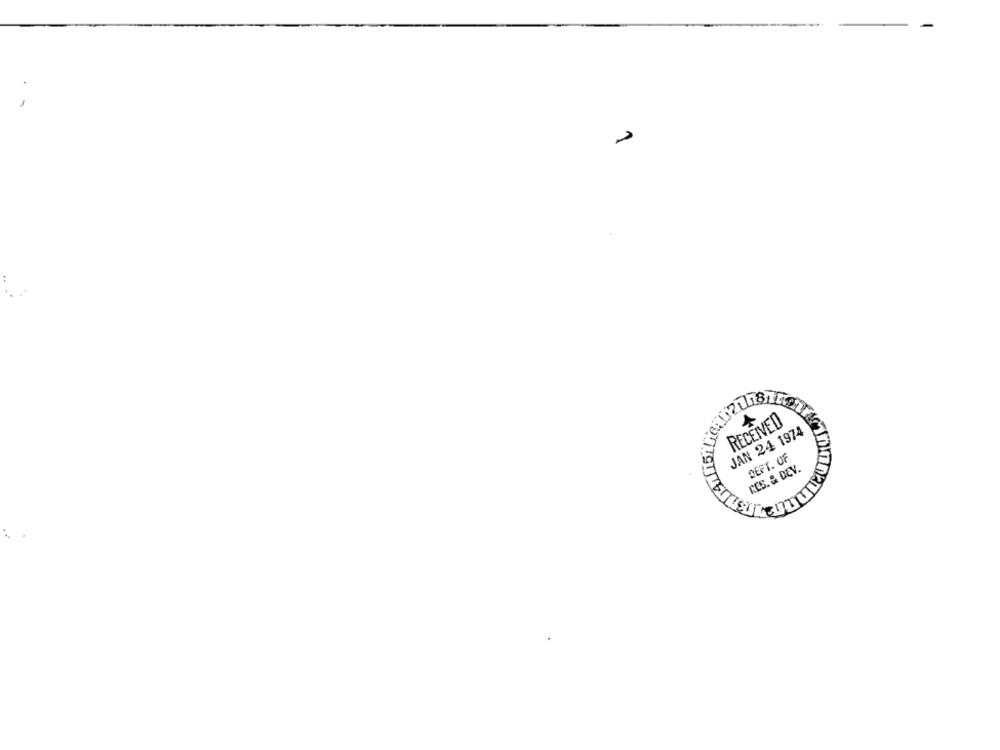
02018)
RECEIVED
JAN 24 1974
DEPT. OF
CES. & DEV.